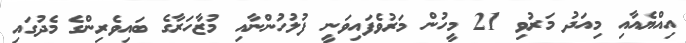
އިއްޔެއާއި މިއަދު މަރުވި 21 މީހުން މަރުވެފައިވަނީ ފުލުހުންނާއި މުޒާހަރާގެ ބައިވެރިންގެ މެދުގައި